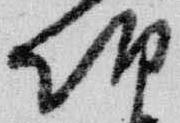
朝